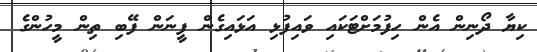
ކިޔާ ދޯނިން އެން ހިފުމަށްޓަކައި ވައިފުޅި އަޅައިގެން ފީނަން ފޭބި ތިން މީހުންގެ